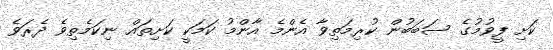
ކަށި ފީވުމުގެ ސަބަބުން ކުރިމަތިވާ އެންމެ އާންމު ކަމަކީ ކަށިތައް ނިކަމެތިވެ ދެރަވެ